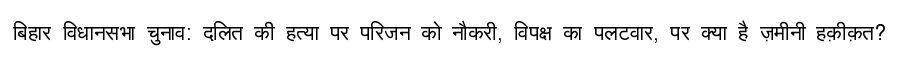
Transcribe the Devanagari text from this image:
बिहार विधानसभा चुनाव: दलित की हत्या पर परिजन को नौकरी, विपक्ष का पलटवार, पर क्या है ज़मीनी हक़ीक़त?